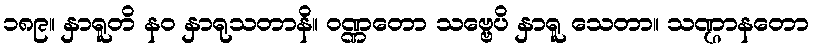
၁၈၉။ နှာရူတိ နဝ နှာရုသတာနိ။ ဝဏ္ဏတော သဗ္ဗေပိ နှာရူ သေတာ။ သဏ္ဌာနတော